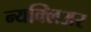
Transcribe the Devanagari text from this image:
न्यक्लिअर